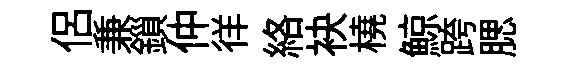
侣兼鎻仲徉絡袂橈鯨跨腮